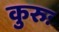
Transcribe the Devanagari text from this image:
कुरुः